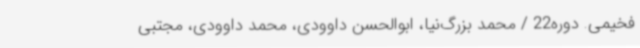
فخیمی. دوره22 / محمد بزرگ‌نیا، ابوالحسن داوودی، محمد داوودی، مجتبی